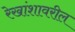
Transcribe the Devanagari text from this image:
रेखांशावरील